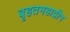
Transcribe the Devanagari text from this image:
बृहतमहाद्वीप